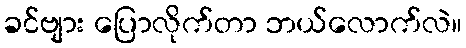
ခင်ဗျား ပြောလိုက်တာ ဘယ်လောက်လဲ။